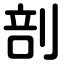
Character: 剖